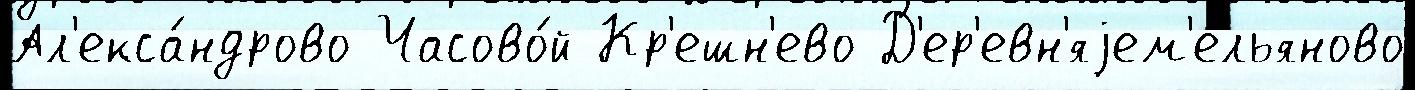
Ал'екса́ндрово Часово́й Кр'ешн'ево Д'ер'евн'яjем'ельяново